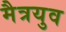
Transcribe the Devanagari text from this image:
मैत्रयुव